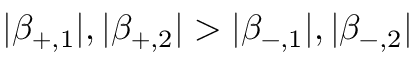
| \beta _ { + , 1 } | , | \beta _ { + , 2 } | > | \beta _ { - , 1 } | , | \beta _ { - , 2 } |